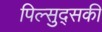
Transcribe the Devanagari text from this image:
पिल्सुद्सकी